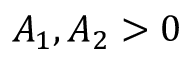
A _ { 1 } , A _ { 2 } > 0